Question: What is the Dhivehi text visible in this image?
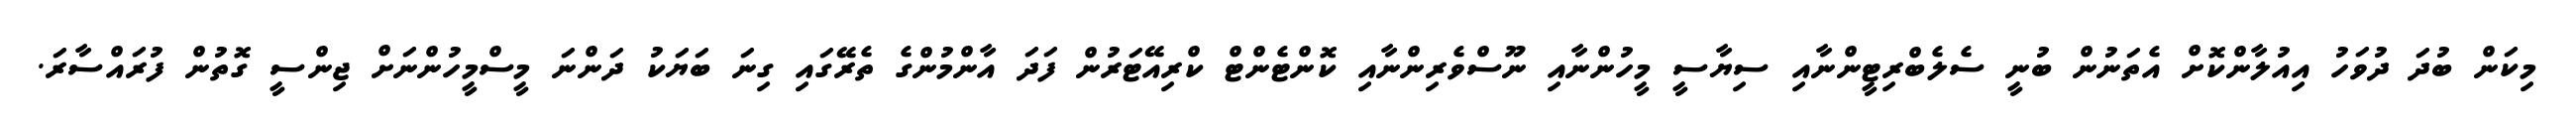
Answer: މިކަން ބުދަ ދުވަހު އިއުލާންކޮށް އެތަނުން ބުނީ ސެލެބްރިޓީންނާއި ސިޔާސީ މީހުންނާއި ނޫސްވެރިންނާއި ކޮންޓެންޓް ކްރިއޭޓަރުން ފަދަ އާންމުންގެ ތެރޭގައި ގިނަ ބަޔަކު ދަންނަ މީސްމީހުންނަށް ޖިންސީ ގޮތުން ފުރައްސާރަ.